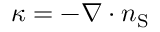
\kappa = - \boldsymbol { \nabla } \cdot \boldsymbol { n } _ { \mathrm { { S } } }